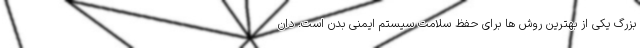
بزرگ یکی از بهترین روش ها برای حفظ سلامت سیستم ایمنی بدن است. دان